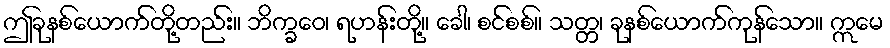
ဤခုနစ်ယောက်တို့တည်း။ ဘိက္ခဝေ၊ ရဟန်းတို့။ ခေါ၊ စင်စစ်။ သတ္တ၊ ခုနစ်ယောက်ကုန်သော။ ဣမေ